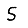
Digit: 5